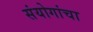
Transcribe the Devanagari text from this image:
संयोगांचा